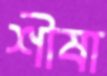
শীষা